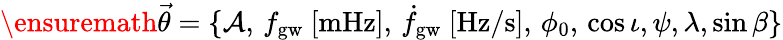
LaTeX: \ensuremath{\vec{\theta}}=\{ \mathcal{A},\, f_{\mathrm{gw}}~[\mathrm{mHz}],\, \dot{f}_{\mathrm{gw}}~[\mathrm{Hz/s}],\, \phi_{0},\, \cos\iota,\psi,\lambda,\sin\beta\}